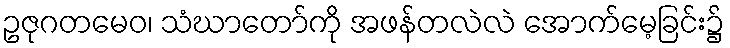
ဥဇုဂတမေဝ၊ သံဃာတော်ကို အဖန်တလဲလဲ အောက်မေ့ခြင်း၌